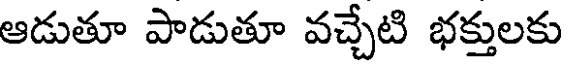
ఆడుతూ పాడుతూ వచ్చేటి భక్తులకు